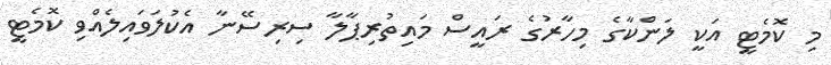
މި ކޮމެޓީ އަކީ ލަންކާގެ މިހާރުގެ ރައީސް މައިތުރިޕާލާ ސިރިސޭނާ އެކުލަވައިލެއްވި ކޮމެޓީ